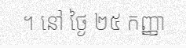
។ នៅ ថ្ងៃ ២៥ កញ្ញា